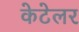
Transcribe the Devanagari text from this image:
केटेलर